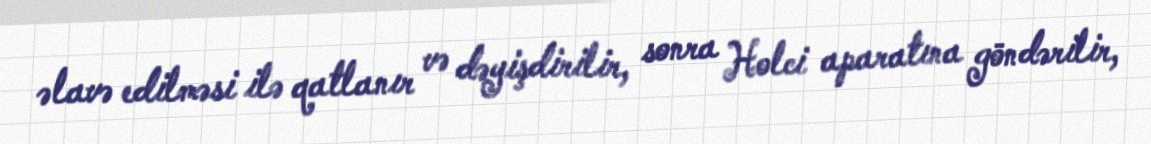
əlavə edilməsi ilə qatlanır və dəyişdirilir, sonra Holci aparatına göndərilir,